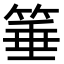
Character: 箠